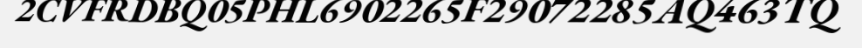
2CVFRDBQ05PHL6902265F29072285AQ463TQ